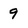
Character: 9